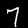
Label: 7